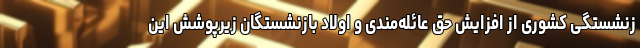
زنشستگی کشوری از افزایش حق عائله‌مندی و اولاد بازنشستگان زیرپوشش این